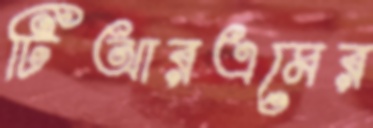
টিআরএমের